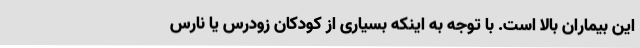
این بیماران بالا است. با توجه به اینکه بسیاری از کودکان زودرس یا نارس